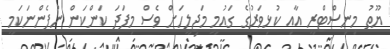
ޔޫތު މިނިސްޓްރީ އާއި ކުޅިވަރުގެ ގައުމީ މަޖިލީހަށް ވެސް މިފަދަ ކަންކަން ނުފެންނަކަމީ